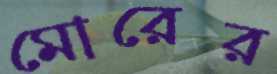
মোরের